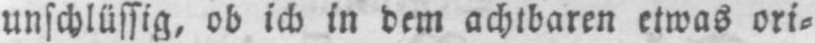
unschlüssig, ob ich in dem achtbaren etwas ori⸗